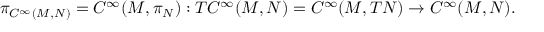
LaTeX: \pi _ { C ^ { \infty } ( M , N ) } = C ^ { \infty } ( M , \pi _ { N } ) : T C ^ { \infty } ( M , N ) = C ^ { \infty } ( M , T N ) \to C ^ { \infty } ( M , N ) .